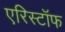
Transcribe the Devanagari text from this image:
एरिस्टॉफ